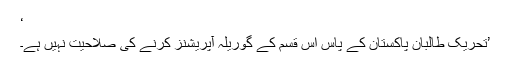
‘
’تحریک ِطالبان پاکستان کے پاس اِس قسم کے گوریلہ آپریشنز کرنے کی صلاحیت نہیں ہے۔